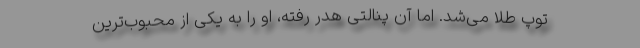
توپ طلا می‌شد. اما آن پنالتی هدر رفته، او را به یکی از محبوب‌ترین